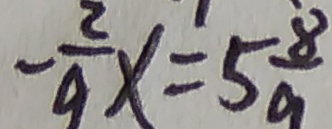
- \frac { 2 } { 9 } x = 5 \frac { 8 } { 9 }